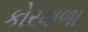
કોરવાળા